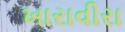
ખારાવીરા